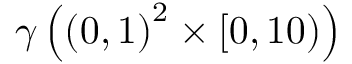
\gamma \left( \left( 0 , 1 \right) ^ { 2 } \times \left[ 0 , 1 0 \right) \right)